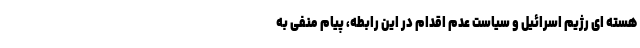
هسته ای رژیم اسرائیل و سیاست عدم اقدام در این رابطه، پیام منفی به